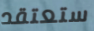
ستعتقد